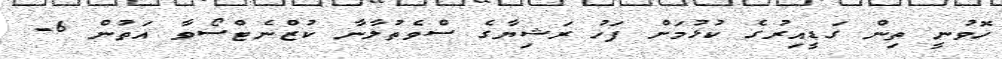
ހޮވުނީ ތިން ގަޑީއިރުގެ ކުޅުމަށް ފަހު ރަޝިޔާގެ ސްވެތުލާނާ ކުޒްނެޓްސޯވާ އަތުން 6-